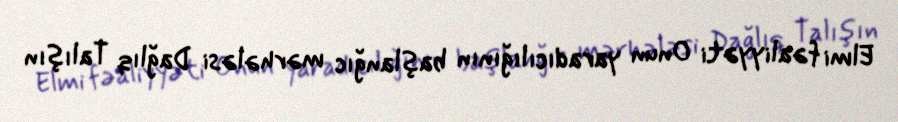
Elmi fəaliyyəti Onun yaradıcılığının başlanğıc mərhələsi Dağlıq Talışın